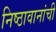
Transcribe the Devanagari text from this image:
निष्ठावानांची